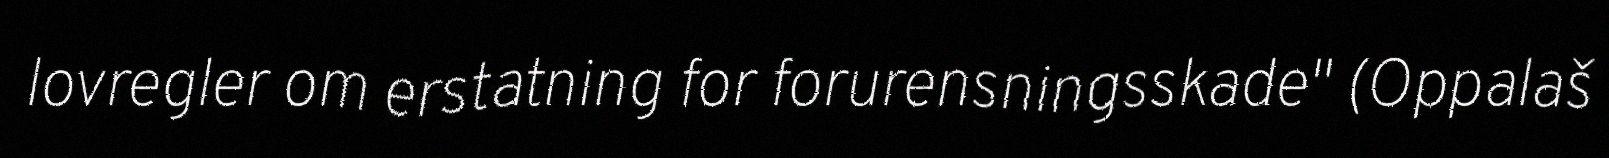
lovregler om erstatning for forurensningsskade" (Oppalaš